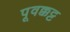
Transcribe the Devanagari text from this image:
पूवक्कट्ट